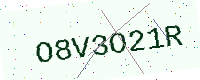
Text: O8V3O21R